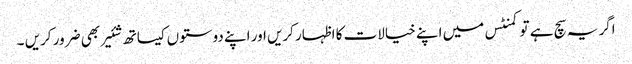
اگر یہ سچ ہے تو کمنٹس میں اپنے خیالات کا اظہار کریں اور اپنے دوستوں کیساتھ شئیر بھی ضرور کریں ۔